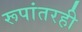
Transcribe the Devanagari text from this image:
रूपांतरही